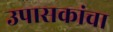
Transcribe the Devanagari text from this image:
उपासकांचा